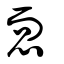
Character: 恧